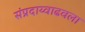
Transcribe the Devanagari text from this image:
संप्रदाय्वाढवला